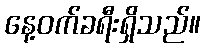
နေ့ဝက်ခရီးရှိသည်။